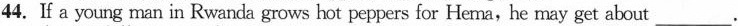
44.If a young man in Rwanda grows hot peppers for He ma, he may get about ___.